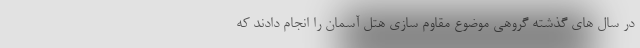
در سال های گذشته گروهی موضوع مقاوم سازی هتل آسمان را انجام دادند که